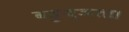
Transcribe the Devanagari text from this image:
बहुज्ञता।